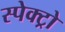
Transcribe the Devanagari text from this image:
स्पेक्ट्रो